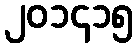
၂၀၁၄၁၅